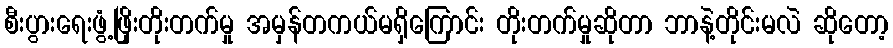
စီးပွားရေးဖွံ့ဖြိုးတိုးတက်မှု အမှန်တကယ်မရှိကြောင်း တိုးတက်မှုဆိုတာ ဘာနဲ့တိုင်းမလဲ ဆိုတော့